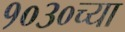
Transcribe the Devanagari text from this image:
१०३०च्या